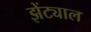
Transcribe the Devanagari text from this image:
झेंट्याल